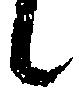
候